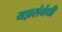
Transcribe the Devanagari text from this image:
यज्ञसंबंधी